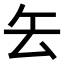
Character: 𠫟